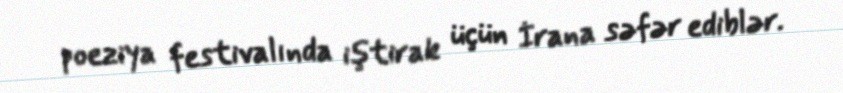
poeziya festivalında iştirak üçün İrana səfər ediblər.